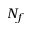
N _ { f }